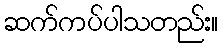
ဆက်ကပ်ပါသတည်း။